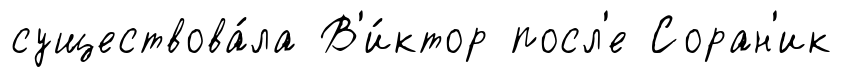
существова́ла В'и́ктор посл'е Соран'ик